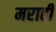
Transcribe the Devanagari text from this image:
मराही